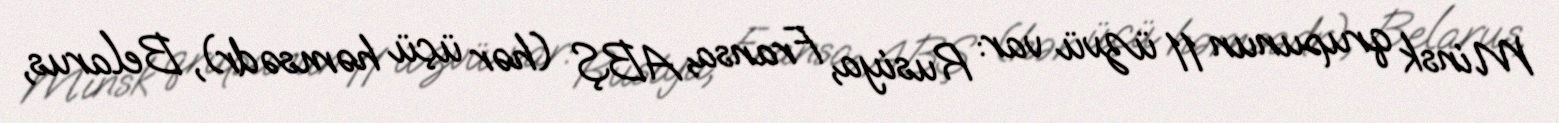
Minsk qrupunun 11 üzvü var: Rusiya, Fransa, ABŞ (hər üçü həmsədr), Belarus,